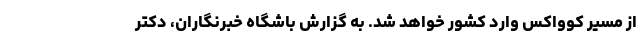
از مسیر کوواکس وارد کشور خواهد شد‌. به گزارش باشگاه خبرنگاران، دکتر